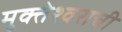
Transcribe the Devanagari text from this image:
मुक्तेश्वराची